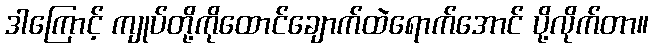
ဒါကြောင့် ကျုပ်တို့ကိုထောင်ချောက်ထဲရောက်အောင် ပို့လိုက်တာ။